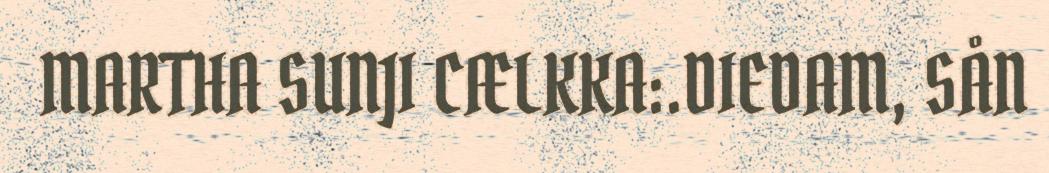
MARTHA SUNJI CÆLKKA:.DIEDAM, SÅN